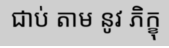
ជាប់ តាម នូវ ភិក្ខុ